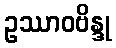
ဥဿာဝဗိန္ဒု